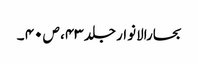
بحارالانوار جلد ۴۳، ص ۴۰ ۔